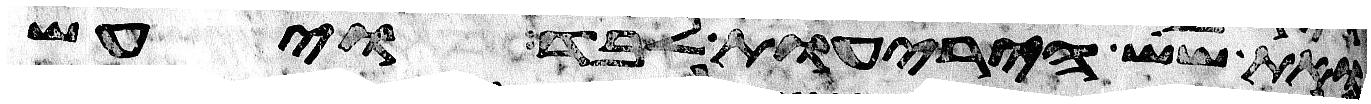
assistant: ואת שש היריעות לבד ויעש